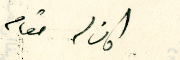
كان له مقام